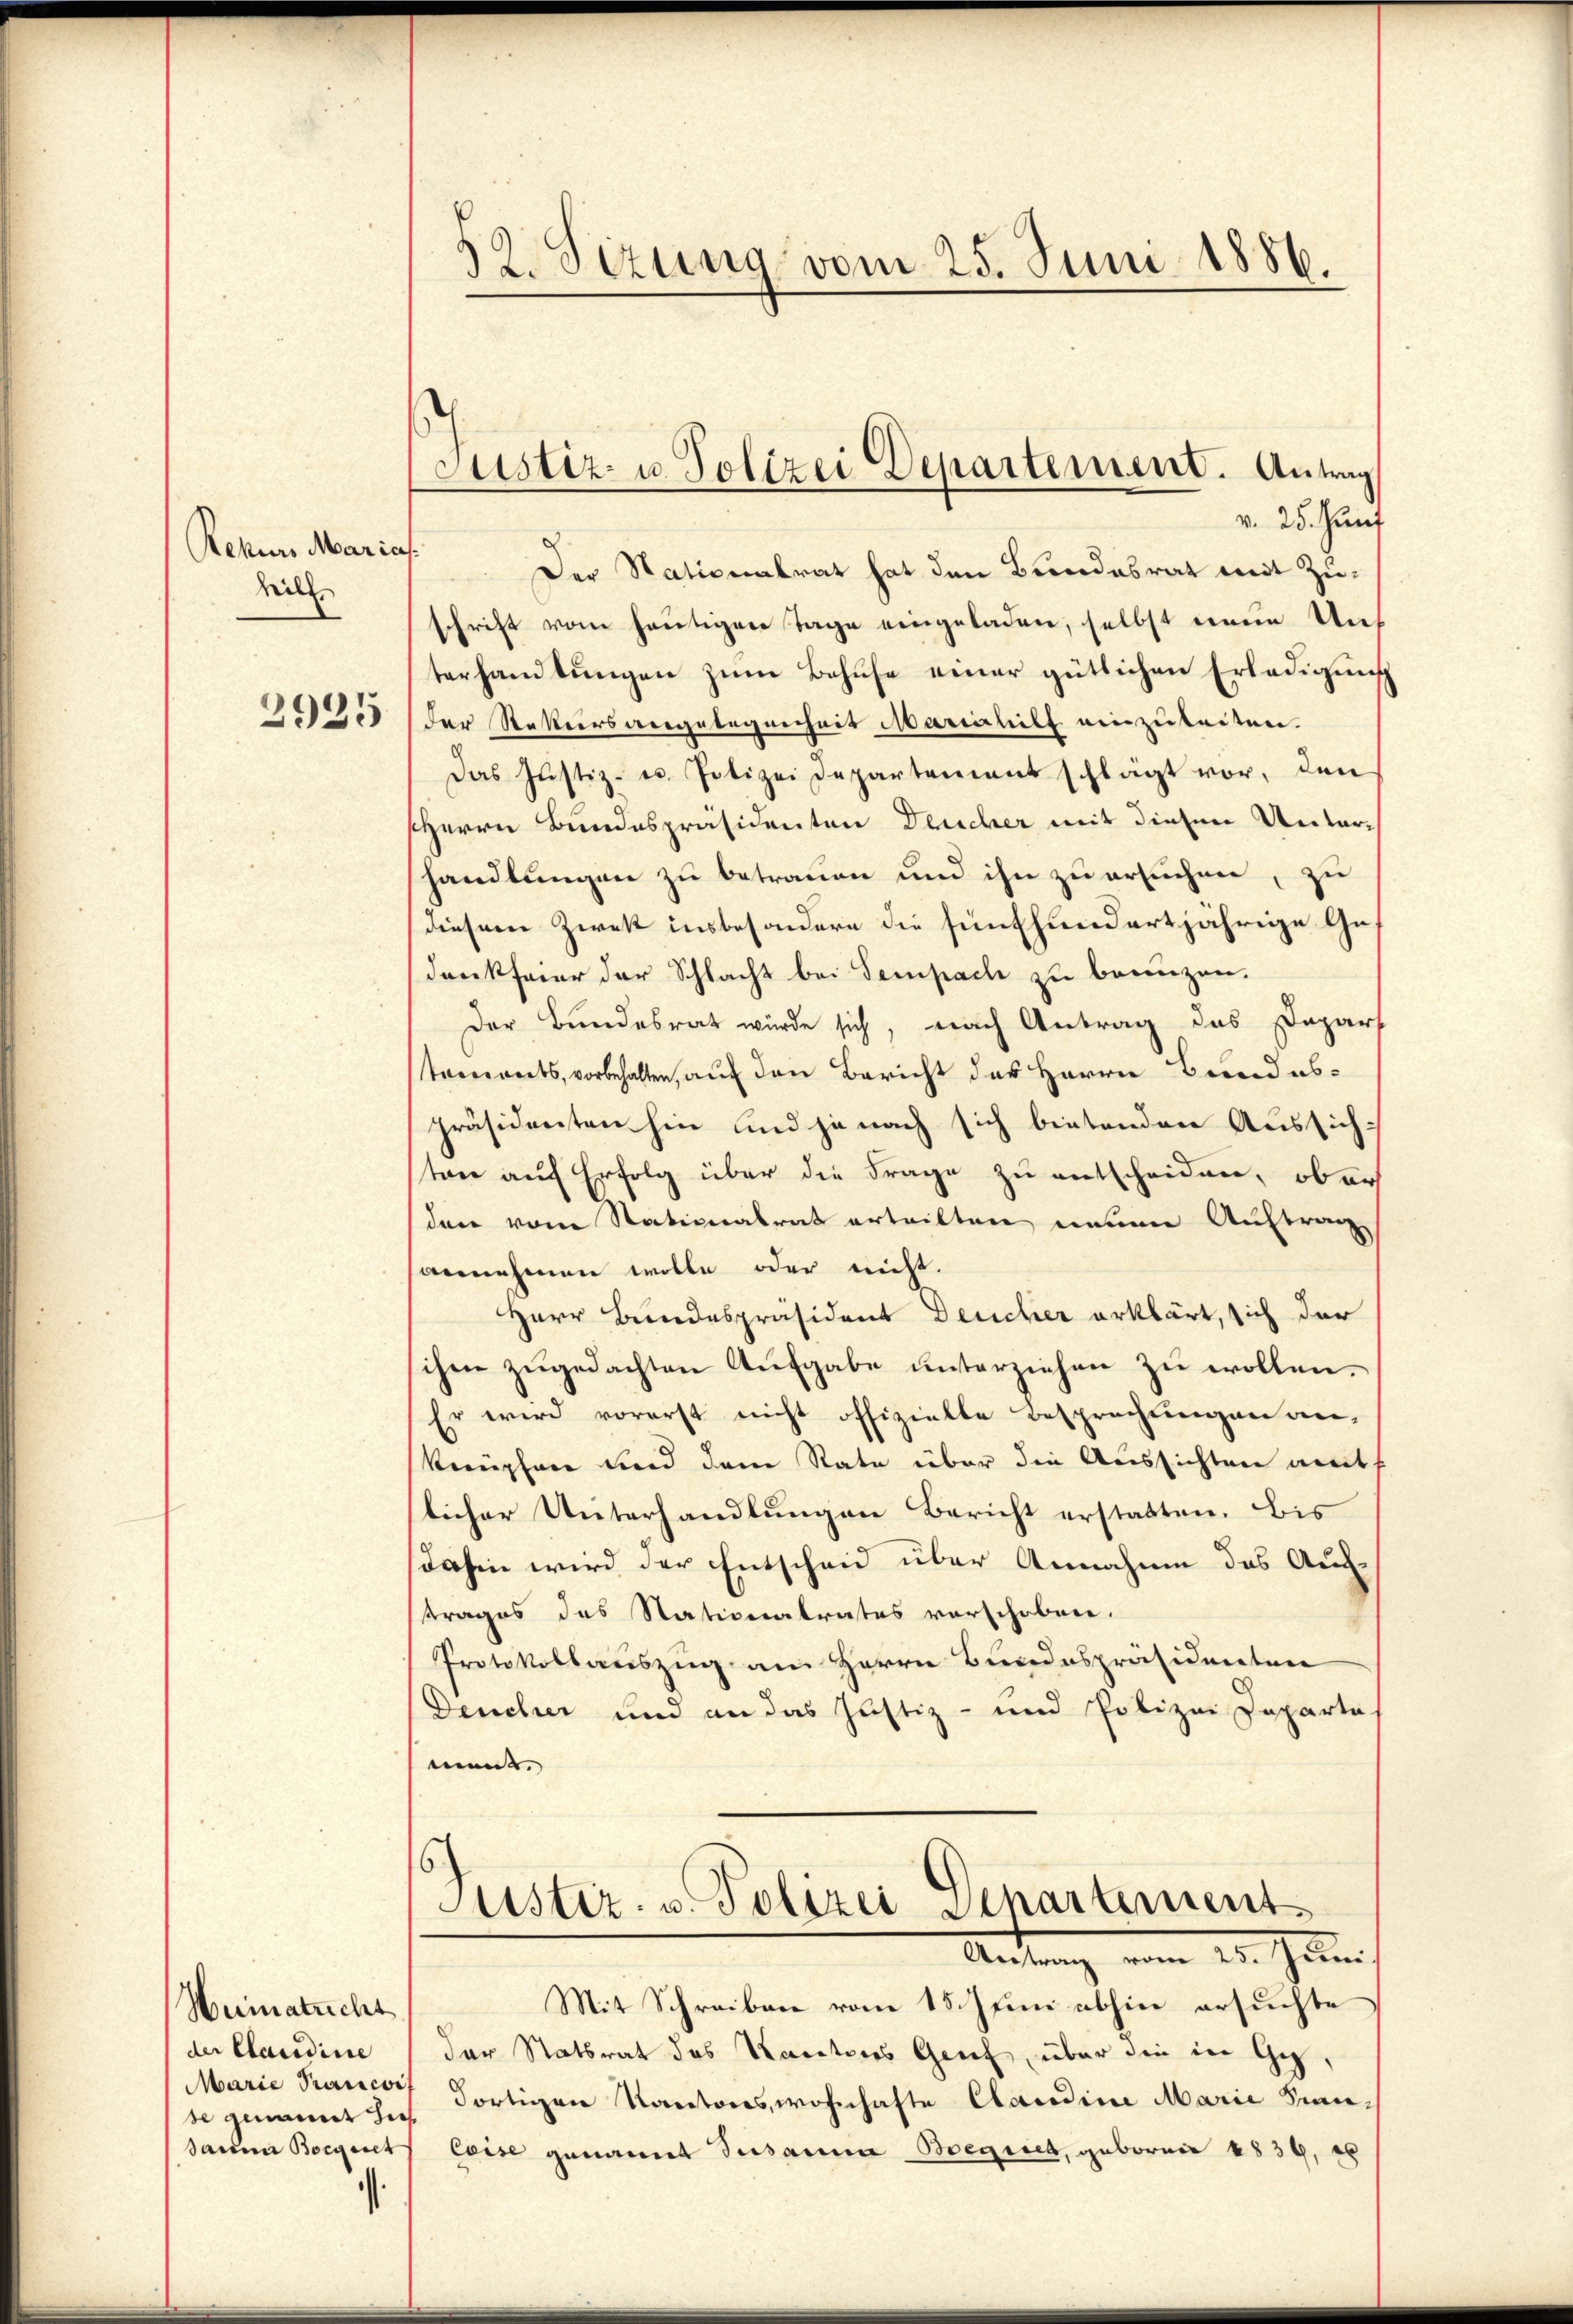
Rekurs Marias.
hill
2925

Heimatricht
der Claudine
Marie Krancoif
se genannt sie

52. Sizung vom 25. Juni 1886.

Justiz- u. Polizei Departement. Antrag
v. 25. Juni

Der Nationalrat hat den Bundesrat mit Zuschrift vom heutigen Tage eingeladen, selbst einen Unt
terhamtungen zum Behufe einer gütlichen Erledigung
Der Rettersangelegenheit Marielief einzuleiten.
Das Justiz- u. Potizei Departement schlägt vor, den
sherrn Bundespräsidenten Deucher mit diesen Unterhandlungen zu betrauen und ihn zu ersuchen, zu
diesem Zwek insbesondere die fünfhundertjährige Gedenkfeier der Schlacht bei Sempach zu benuzen.
Der Bundesrat würde sich, nach Antrag des Dapars
taments, vorbehalten, auf den Bericht des Herrn Bundespräsidenten hin und ja nach sich bietenden Aussich
ton auf Erfolg über die Frage zu entscheiden, ober
den vom Stationalrat erteilten meiner Auftrag
annehmen wolle oder nicht.
Herr Bundespräsident Deucher erklärt, sich der
chen zugedachten Aufgabe unterziehen zu wollen.
Er wird vorerst nicht offizielle Besprechungen anknüpfen und dem Rate über die Aussichten ant
licher Unterhandlungen Bericht erstatten. Bis
dahin wird der Entscheid über Annahme das Auftrages des Stationalrates vorschobene.
Protokollauszug am Herrn Bundespräsidenten
Deucher und an das Justiz- und Polizei Departa
ment.
Justiz- u. Polizei Departement
Antung vom 24. Juni.
Mit Schreiben vom 15. Juni abhin ersuchte
der Statsrat des Kantons Genf, über die in Gedortigen Kantons, wohnhafte Claudine Marie Sinnsan Boguet leise genannt Susanna Begiret, geboren 1839, es